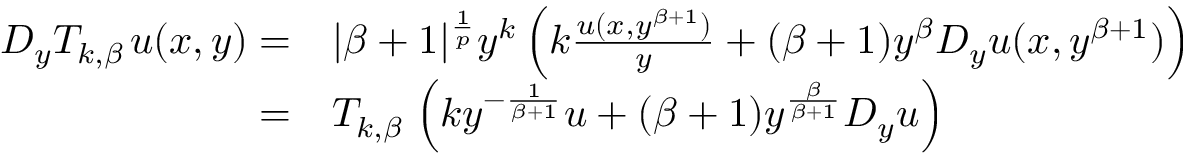
\begin{array} { r l } { D _ { y } T _ { k , \beta \, } u ( x , y ) = } & { | \beta + 1 | ^ { \frac 1 p } y ^ { k } \left( k \frac { u ( x , y ^ { \beta + 1 } ) } y + ( \beta + 1 ) y ^ { \beta } D _ { y } u ( x , y ^ { \beta + 1 } ) \right) } \\ { = } & { T _ { k , \beta \, } \left( k y ^ { - \frac 1 { \beta + 1 } } u + ( \beta + 1 ) y ^ { \frac { \beta } { \beta + 1 } } D _ { y } u \right) } \end{array}